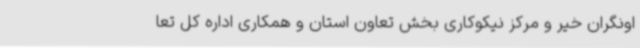
اونگران خیر و مرکز نیکوکاری بخش تعاون استان و همکاری اداره کل تعا